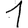
Digit: 1